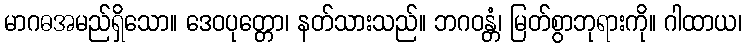
မာဂဓအမည်ရှိသော။ ဒေဝပုတ္တော၊ နတ်သားသည်။ ဘဂဝန္တံ၊ မြတ်စွာဘုရားကို။ ဂါထာယ၊